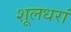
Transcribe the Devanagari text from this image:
शूलधरां